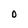
Character: O